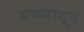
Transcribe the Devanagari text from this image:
प्रणयातून